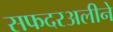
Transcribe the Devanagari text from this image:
सफदरअलीने